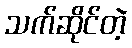
သက်ဆိုင်တဲ့